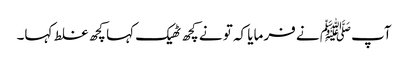
آپﷺ نے فرمایا کہ تو نے کچھ ٹھیک کہا کچھ غلط کہا۔